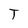
Character: T